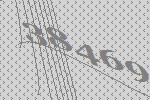
38469